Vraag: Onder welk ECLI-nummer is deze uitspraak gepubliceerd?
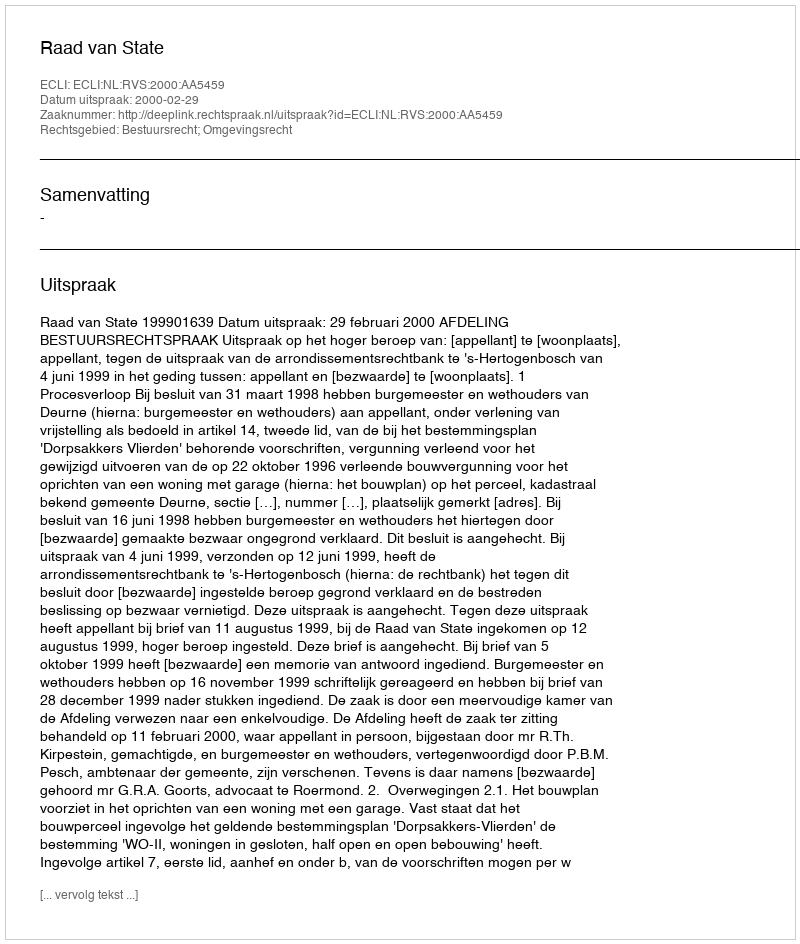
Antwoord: ECLI:NL:RVS:2000:AA5459